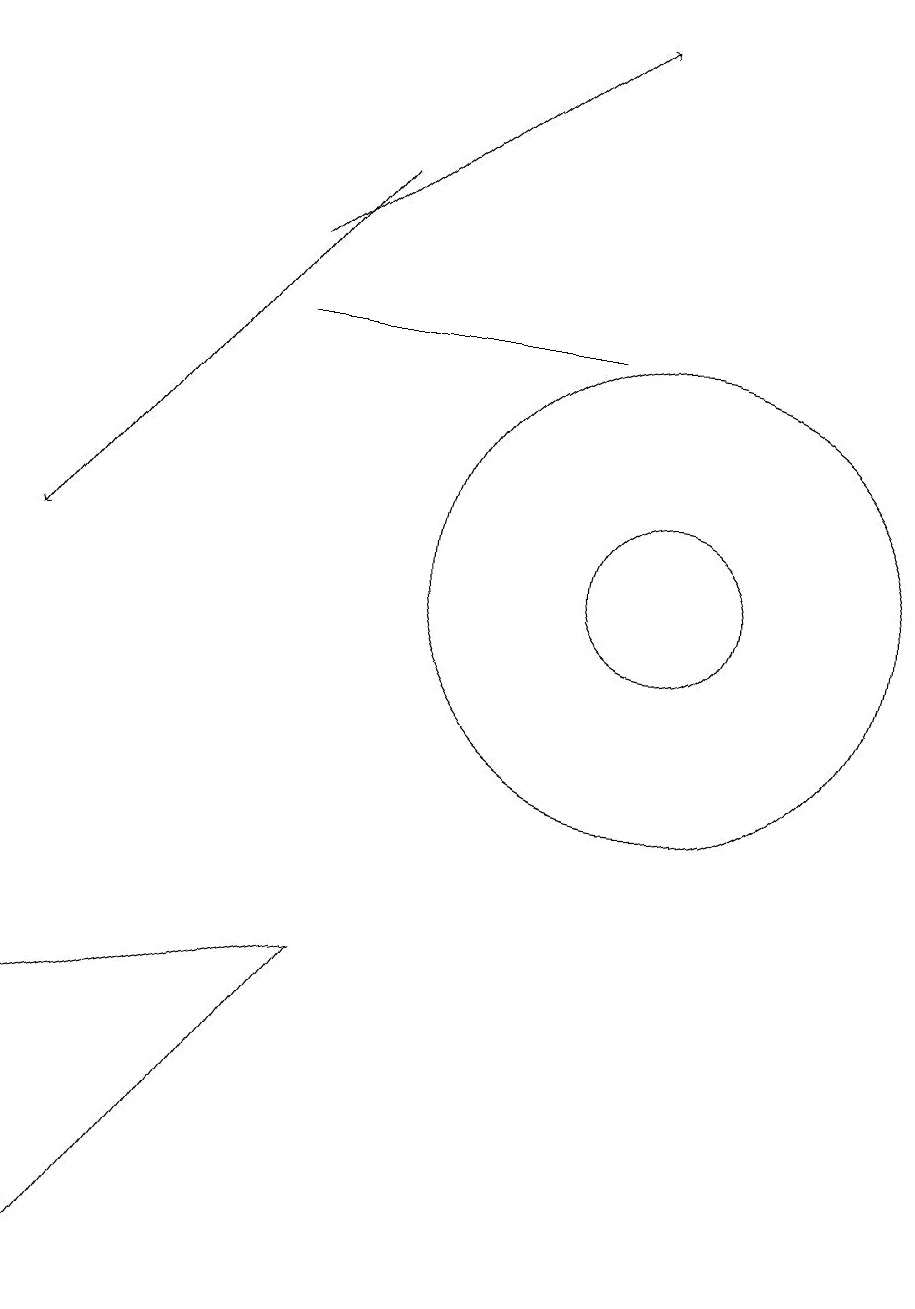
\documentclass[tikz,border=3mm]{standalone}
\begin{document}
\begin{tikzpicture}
\draw[->] (5,14) -- (9,17);
\draw[->] (6,15) -- (2,10);
\draw (10,10) circle (1);
\draw (10,10) circle (3);
\draw (6,5) -- (3,1) -- (2,4) -- cycle;
\draw (11,12) circle (0);
\draw (9,13) rectangle (5,13);
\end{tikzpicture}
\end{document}